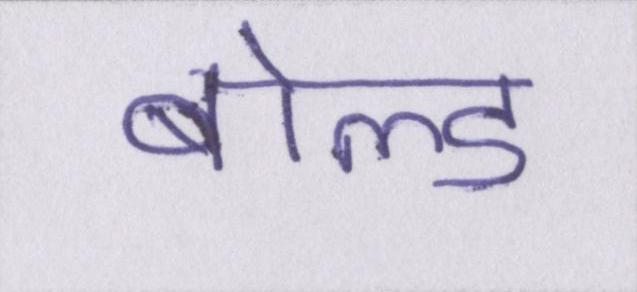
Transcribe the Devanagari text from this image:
बोल्ड